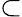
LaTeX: \subset